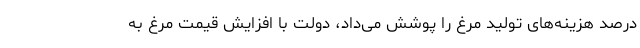
درصد هزینه‌های تولید مرغ را پوشش می‌داد، دولت با افزایش قیمت مرغ به